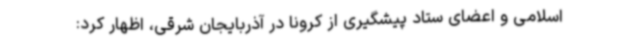
اسلامی و اعضای ستاد پیشگیری از کرونا در آذربایجان شرقی، اظهار کرد: